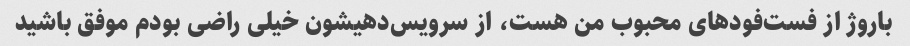
باروژ از فست‌فودهای محبوب من هست، از سرویس‌دهیشون خیلی راضی بودم موفق باشید